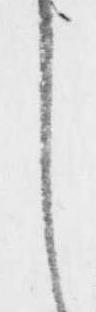
し